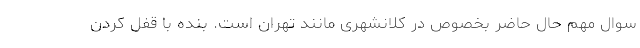
سوال مهم حال حاضر بخصوص در کلانشهری مانند تهران است. بنده با قفل کردن